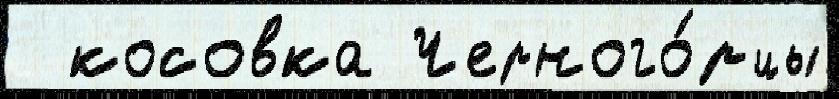
  косовка Черного́рцы